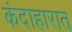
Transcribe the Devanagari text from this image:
कंदाहारात